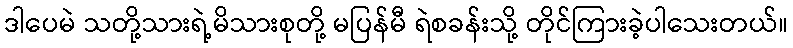
ဒါပေမဲ သတို့သားရဲ့မိသားစုတို့ မပြန်မီ ရဲစခန်းသို့ တိုင်ကြားခဲ့ပါသေးတယ်။